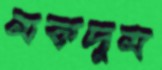
মকদুম